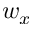
w _ { x }